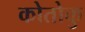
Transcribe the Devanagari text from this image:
कोतोकु